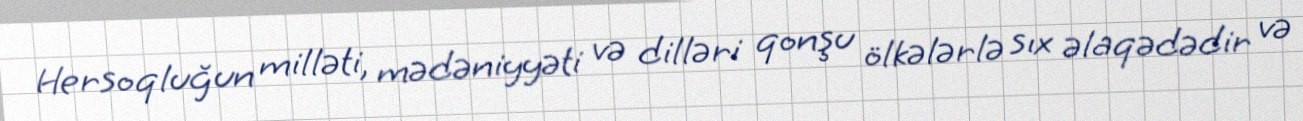
Hersoqluğun milləti, mədəniyyəti və dilləri qonşu ölkələrlə sıx əlaqədədir və